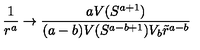
\frac { 1 } { r ^ { a } } \rightarrow \frac { a V ( S ^ { a + 1 } ) } { ( a - b ) V ( S ^ { a - b + 1 } ) V _ { b } \tilde { r } ^ { a - b } }